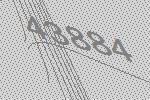
43884